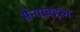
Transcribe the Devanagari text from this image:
सैन्याबद्दल